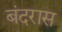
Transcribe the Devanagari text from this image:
बंदरास